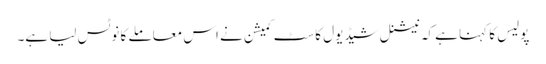
پولیس کا کہنا ہے کہ نیشنل شیڈیول کاسٹ کمیشن نے اس معاملے کا نوٹس لیا ہے۔